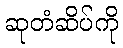
ဆုတံဆိပ်ကို